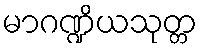
မာဂဏ္ဍိယသုတ္တ